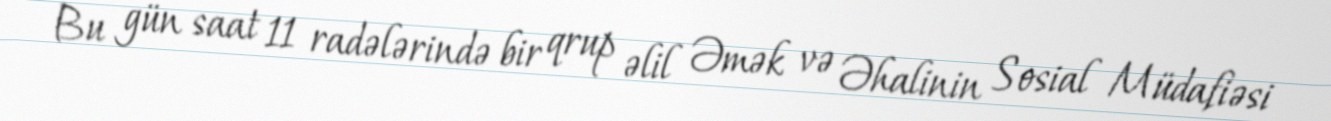
Bu gün saat 11 radələrində bir qrup əlil Əmək və Əhalinin Sosial Müdafiəsi